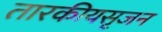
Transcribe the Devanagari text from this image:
तारकीयसृजन